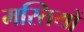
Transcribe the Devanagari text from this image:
मस्तियों